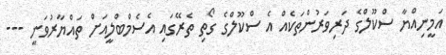
އަމީނިއްޔާ ސްކޫލްގެ ދަރިވަރުންތަކެއް އެ ސްކޫލްގެ ގޯތި ތެރޭގައި އެސެމްބްލީއަށް ތައްޔާރުވަނީ ---